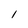
Character: l